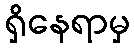
ရှိနေရာမှ